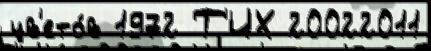
цв'ето́в 1972 Т'ИХ 20022011